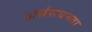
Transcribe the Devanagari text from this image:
अर्थसघनता